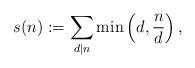
LaTeX: \begin{align*}s(n) := \sum_{d|n} \min\left(d,\frac nd\right),\end{align*}